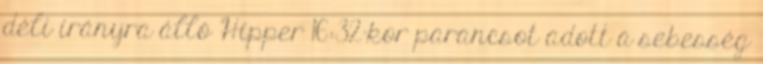
déli irányra álló Hipper 16:32-kor parancsot adott a sebesség